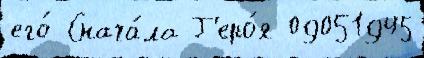
его́ Снача́ла Г'еро́я 09051945